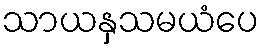
သာယနှသမယံပေ